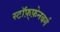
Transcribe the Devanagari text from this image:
स्टॉफ़्फ़ेनबर्ग